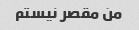
من مقصر نیستم